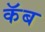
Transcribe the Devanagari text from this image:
कॅब